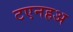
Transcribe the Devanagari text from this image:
टएनहअ